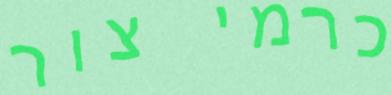
כרמי צור